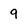
Character: 9